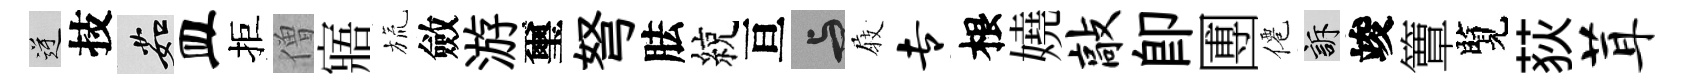
逆技茹皿拒僧寤旒斂游璽弩胠綂亘与𡲆专根嬈敲卽圑僊訴竣簟覽荻茸